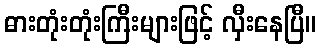
ဓားတုံးတုံးကြီးများဖြင့် လှီးနေပြီ။